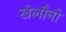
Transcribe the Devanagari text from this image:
खेलौनो